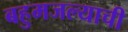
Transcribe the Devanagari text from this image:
बहुमजल्याची